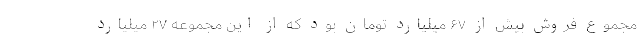
مجموع فروش بیش از ۶۷ میلیارد تومان بود که از این مجموعه ۲۷ میلیارد